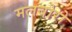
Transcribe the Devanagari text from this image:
मलबोरो